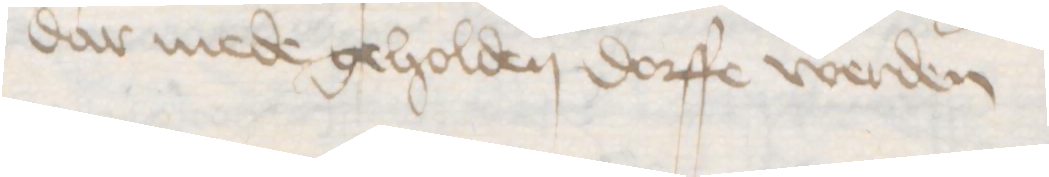
dar mede geholden dorffe werden